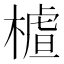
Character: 𣙁